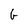
Character: G